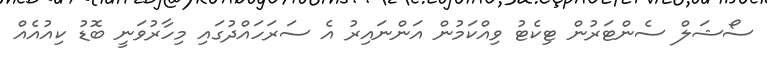
ސޯޝަލް ސެންޓަރުން ޓިކެޓު ވިއްކަމުން އަންނައިރު އެ ސަރަަހައްދުގައި މިހާރުވަނީ ބޮޑު ކިއުއެއް